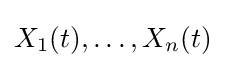
X_{1}(t),\dots ,X_{n}(t)